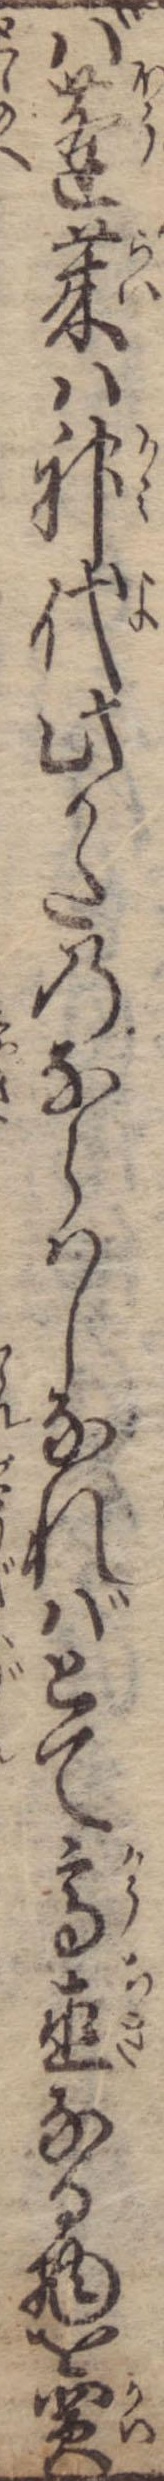
ば蓬莱は神代此かたのならはしなればとて高直なる物を買